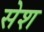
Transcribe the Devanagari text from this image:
सेश